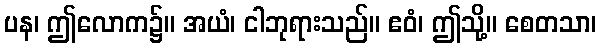
ပန၊ ဤလောက၌။ အယံ၊ ငါဘုရားသည်။ ဧဝံ၊ ဤသို့။ စေတသာ၊